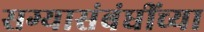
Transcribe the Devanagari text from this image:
सग्यासंबंधींच्या